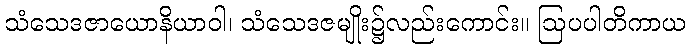
သံသေဒဇာယောနိယာဝါ၊ သံသေဒဇမျိုး၌လည်းကောင်း။ ဩပပါတိကာယ